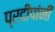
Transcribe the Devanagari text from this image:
प्रदीपांनी